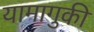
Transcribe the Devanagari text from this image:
यामागुकी